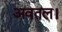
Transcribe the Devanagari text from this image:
अवतल।